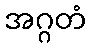
အဂ္ဂတံ